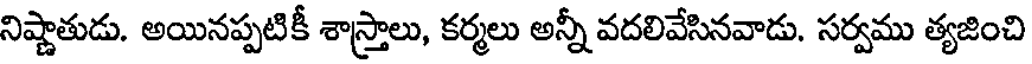
నిష్ణాతుడు. అయినప్పటికీ శాస్త్రాలు, కర్మలు అన్నీ వదలివేసినవాడు. సర్వము త్యజించి